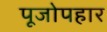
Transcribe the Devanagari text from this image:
पूजोपहार